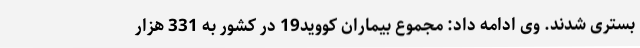
بستری شدند. وی ادامه داد: مجموع بیماران کووید19 در کشور به 331 هزار